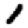
Digit: 1